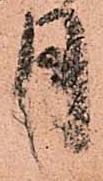
月